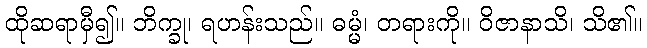
ထိုဆရာမှီ၍။ ဘိက္ခု၊ ရဟန်းသည်။ ဓမ္မံ၊ တရားကို။ ဝိဇာနာသိ၊ သိ၏။